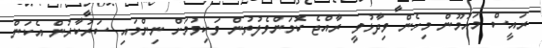
ރައީސް މައުމޫން މިހެން ވިދާޅުވީ ރާއްޖެ ކޮމަންވެލުތުން ވަކިވުމަށް ނިންމައި ސަރުކާރުން އެކަން